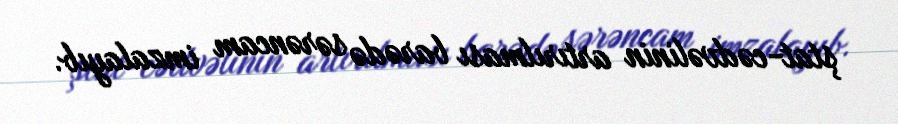
ştat-cədvəlinin artırılması barədə sərəncam imzalayıb.